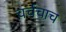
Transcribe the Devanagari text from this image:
चर्चचाच